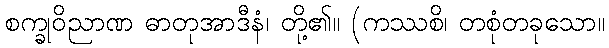
စက္ခုဝိညာဏ ဓာတုအာဒီနံ၊ တို့၏။ (ကဿစိ၊ တစုံတခုသော။